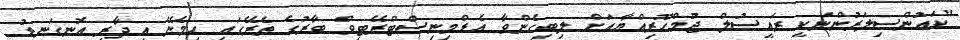
"ކައުންސިލަރުންނަކީ ރައީސުލް ޖުމްހޫރިއްޔާއަށް ލިބިގެންވާ އެޑްމިނިސްޓްރޭޓިވް ބާރުގެ ތެރޭގައި ހިމެނޭ އިދާރީ އޮނގަނޑު